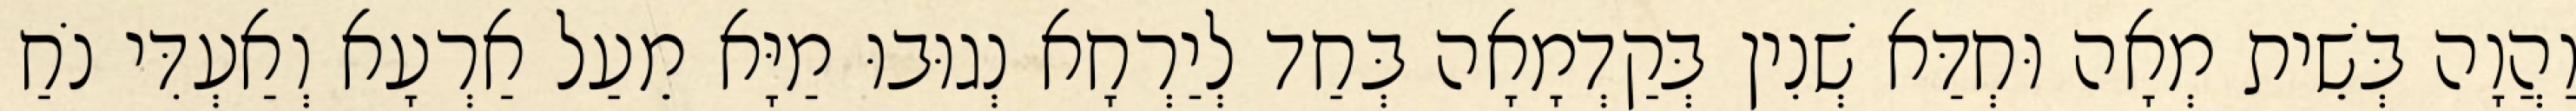
וַהֲוָה בְּשֵׁית מְאָה וּחְדַּא שְׁנִין בְּקַדְמָאָה בְּחַד לְיַרְחָא נְגוּבוּ מַיָּא מֵעַל אַרְעָא וְאַעְדִּי נֹחַ